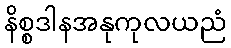
နိစ္စဒါနအနုကုလယညံ